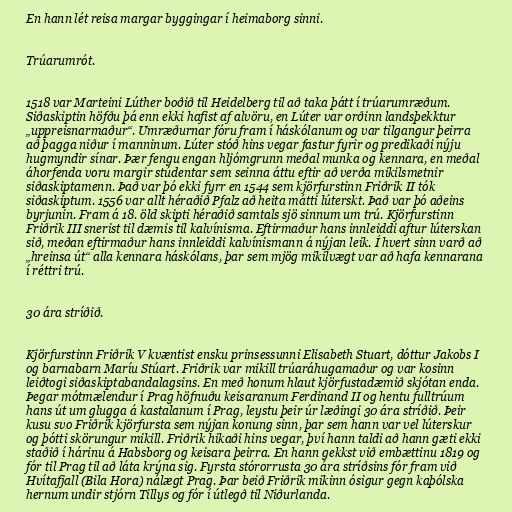
En hann lét reisa margar byggingar í heimaborg sinni.

Trúarumrót.

1518 var Marteini Lúther boðið til Heidelberg til að taka þátt í trúarumræðum.
Siðaskiptin höfðu þá enn ekki hafist af alvöru, en Lúter var orðinn landsþekktur
„uppreisnarmaður“. Umræðurnar fóru fram í háskólanum og var tilgangur þeirra
að þagga niður í manninum. Lúter stóð hins vegar fastur fyrir og predikaði nýju
hugmyndir sínar. Þær fengu engan hljómgrunn meðal munka og kennara, en meðal
áhorfenda voru margir stúdentar sem seinna áttu eftir að verða mikilsmetnir
siðaskiptamenn. Það var þó ekki fyrr en 1544 sem kjörfurstinn Friðrik II tók
siðaskiptum. 1556 var allt héraðið Pfalz að heita mátti lúterskt. Það var þó aðeins
byrjunin. Fram á 18. öld skipti héraðið samtals sjö sinnum um trú. Kjörfurstinn
Friðrik III snerist til dæmis til kalvínisma. Eftirmaður hans innleiddi aftur lúterskan
sið, meðan eftirmaður hans innleiddi kalvínismann á nýjan leik. Í hvert sinn varð að
„hreinsa út“ alla kennara háskólans, þar sem mjög mikilvægt var að hafa kennarana
í réttri trú.

30 ára stríðið.

Kjörfurstinn Friðrik V kvæntist ensku prinsessunni Elisabeth Stuart, dóttur Jakobs I
og barnabarn Maríu Stúart. Friðrik var mikill trúaráhugamaður og var kosinn
leiðtogi siðaskiptabandalagsins. En með honum hlaut kjörfustadæmið skjótan enda.
Þegar mótmælendur í Prag höfnuðu keisaranum Ferdinand II og hentu fulltrúum
hans út um glugga á kastalanum í Prag, leystu þeir úr læðingi 30 ára stríðið. Þeir
kusu svo Friðrik kjörfursta sem nýjan konung sinn, þar sem hann var vel lúterskur
og þótti skörungur mikill. Friðrik hikaði hins vegar, því hann taldi að hann gæti ekki
staðið í hárinu á Habsborg og keisara þeirra. En hann gekkst við embættinu 1819 og
fór til Prag til að láta krýna sig. Fyrsta stórorrusta 30 ára stríðsins fór fram við
Hvítafjall (Bila Hora) nálægt Prag. Þar beið Friðrik mikinn ósigur gegn kaþólska
hernum undir stjórn Tillys og fór í útlegð til Niðurlanda.